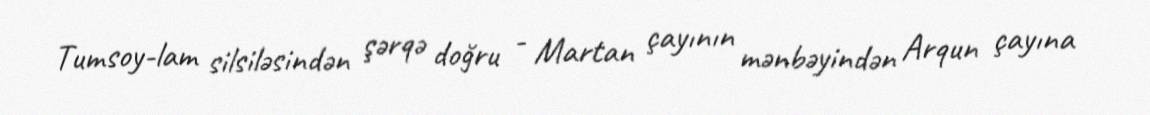
Tumsoy-lam silsiləsindən şərqə doğru - Martan çayının mənbəyindən Arqun çayına